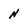
Character: N